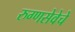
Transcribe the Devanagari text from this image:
रुग्णसेवेचे